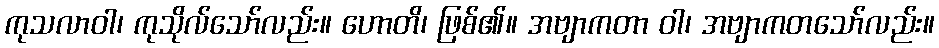
ကုသလာဝါ၊ ကုသိုလ်သော်လည်း။ ဟောတိ၊ ဖြစ်၏။ အဗျာကတာ ဝါ၊ အဗျာကတသော်လည်း။